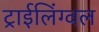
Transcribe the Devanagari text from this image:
ट्राईलिंग्वल